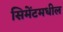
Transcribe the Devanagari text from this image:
सिमेंटमधील